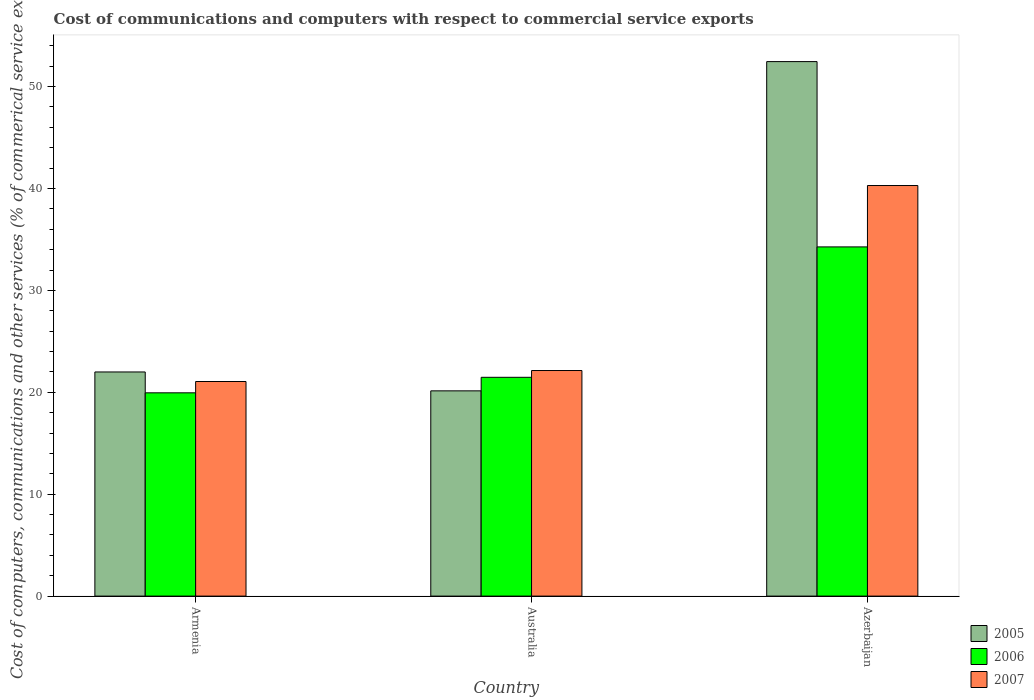
| Country | 2005 | 2006 | 2007 |
 | --- | --- | --- | --- |
 | Armenia | 22 | 19.9 | 21.1 |
 | Australia | 20.1 | 21.5 | 22.1 |
 | Azerbaijan | 52.5 | 34.3 | 40.3 |